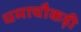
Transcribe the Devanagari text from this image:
धमाचौकड़ी